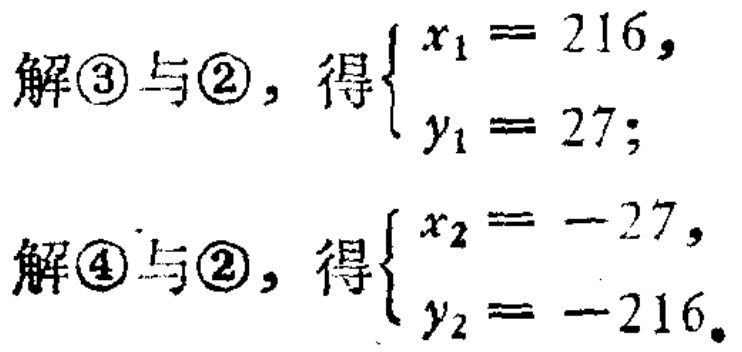
解\textcircled{3}与\textcircled{2}，得\(\begin{cases}
x_{1}=216,\\
y_{1}=27;
\end{cases}\)
解\textcircled{4}与\textcircled{2}，得\(\begin{cases}
x_{2}=-27,\\
y_{2}=-216.
\end{cases}\)